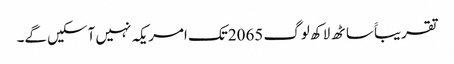
تقریباََ ساٹھ لاکھ لوگ 2065تک امریکہ نہیں آسکیں گے۔